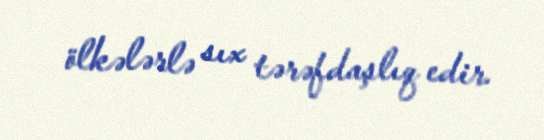
ölkələrlə sıx tərəfdaşlıq edir.